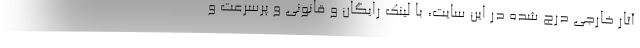
آثار خارجی درج شده در این سایت، با لینک رایگان و قانونی و پرسرعت و